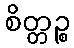
စိတ္တဉ္စ